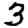
Digit: 3